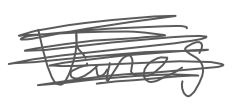
Text: vanes
Cross-out: scratch
Writing tool: digital_gray